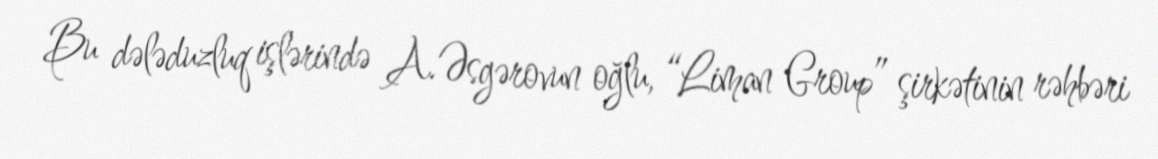
Bu dələduzluq işlərində A.Əsgərovun oğlu, “Liman Group” şirkətinin rəhbəri